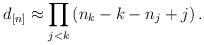
LaTeX: \begin{align*}d_{[n]} \approx \prod_{j<k} \left( n_k-k -n_j+j \right).\end{align*}